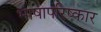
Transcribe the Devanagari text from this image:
भाषापरिष्कार